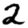
Digit: 2